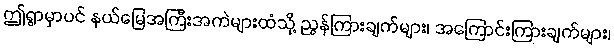
ဤရွာမှာပင် နယ်မြေအကြီးအကဲများထံသို့ ညွန်ကြားချက်များ၊ အကြောင်းကြားချက်များ၊